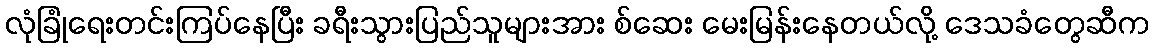
လုံခြုံရေးတင်းကြပ်နေပြီး ခရီးသွားပြည်သူများအား စ်ဆေး မေးမြန်းနေတယ်လို့ ဒေသခံတွေဆီက